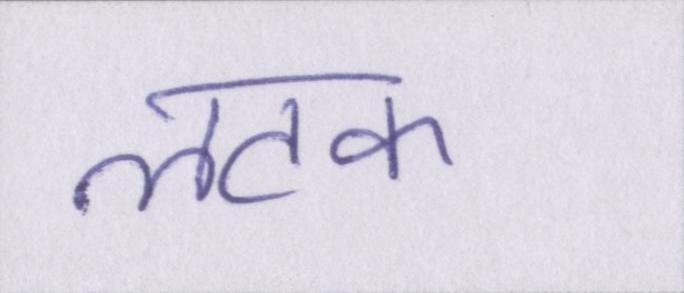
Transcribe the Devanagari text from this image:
लटक